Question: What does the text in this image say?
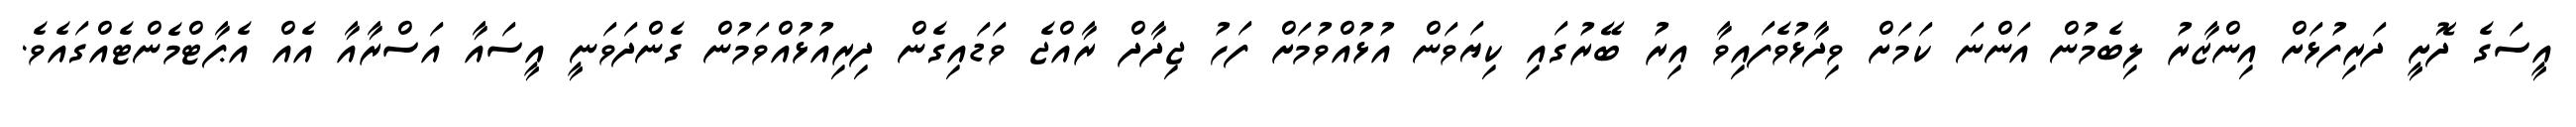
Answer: އީސަގެ ދޮށީ ދަރިފުޅަށް އިންޒާރު ލިބެމުން އަންނަ ކަމަށް ވިދާޅުވެފައިވާ އިރު ބޭރުގައި ކިޔަވަން އުޅުއްވުމަށް ފަހު ޖިދާދް ރާއްޖެ ވަޑައިގެން ދިރިއުޅުއްވަމުން ގެންދަވަނީ އީސައާ އަސްރާއާ އެއް އެޕާޓްމެންޓެއްގައެވެ.